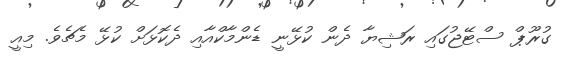
ގުރޫޕް ސްޓޭޖުގައި ރަޝިޔާ ދެން ކުޅޭނީ ޑެންމާކްއާއި ދެކޮޅަށް ކުޅޭ މެޗެވެ. މިއީ